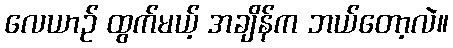
လေယာဉ် ထွက်မယ့် အချိန်က ဘယ်တော့လဲ။